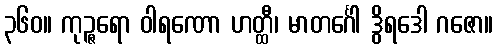
၃၆၀။ ကုဉ္ဇရော ဝါရဏော ဟတ္ထီ၊ မာတင်္ဂေါ ဒွိရဒေါ ဂဇော။